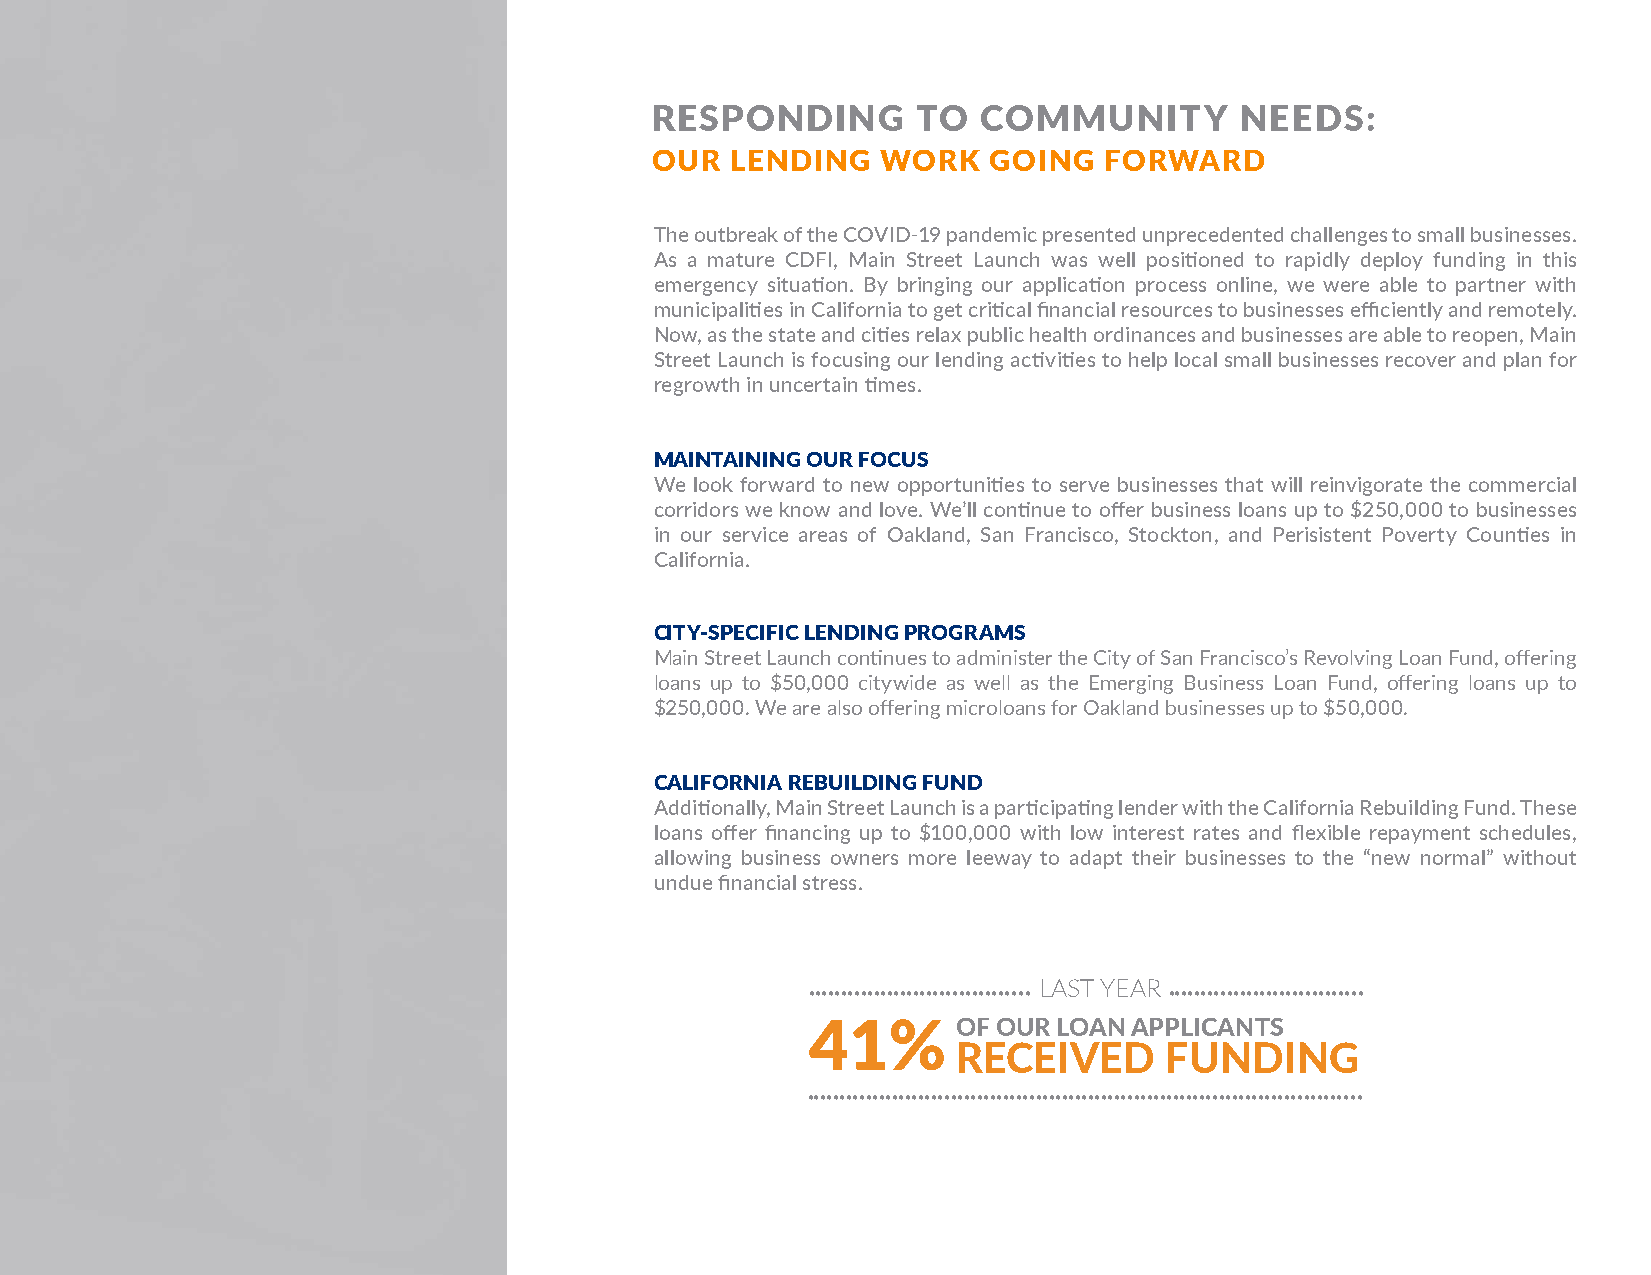
RESPONDING        TO  COMMUNITY        NEEDS:
 OUR  LENDING   WORK    GOING  FORWARD
 The outbreak of the COVID-19 pandemic presented unprecedented challenges to small businesses.
 As a mature CDFI, Main Street Launch was well positioned to rapidly deploy funding in this
 emergency situation. By bringing our application process online, we were able to partner with
 municipalities in California to get critical financial resources to businesses efficiently and remotely.
 Now, as the state and cities relax public health ordinances and businesses are able to reopen, Main
 Street Launch is focusing our lending activities to help local small businesses recover and plan for
 regrowth in uncertain times.
 MAINTAINING OUR FOCUS
 We look forward to new opportunities to serve businesses that will reinvigorate the commercial
 corridors we know and love. We’ll continue to offer business loans up to $250,000 to businesses
 in our service areas of Oakland, San Francisco, Stockton, and Perisistent Poverty Counties in
 California.
 CITY-SPECIFIC LENDING PROGRAMS
 Main Street Launch continues to administer the City of San Francisco’s Revolving Loan Fund, offering
 loans up to $50,000 citywide as well as the Emerging Business Loan Fund, offering loans up to
 $250,000. We are also offering microloans for Oakland businesses up to $50,000.
 CALIFORNIA REBUILDING FUND
 Additionally, Main Street Launch is a participating lender with the California Rebuilding Fund. These
 loans offer financing up to $100,000 with low interest rates and flexible repayment schedules,
 allowing business owners more leeway to adapt their businesses to the “new normal” without
 undue financial stress.
 LAST YEAR
 •••••••••••••••••••••••••••••••••• ••••••••••••••••••••••••••••••
 41%      OF OUR LOAN APPLICANTS
 RECEIVED      FUNDING
 •••••••••••••••••••••••••••••••••••••••••••••••••••••••••••••••••••••••••••••••••••••